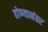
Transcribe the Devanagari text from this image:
होण्यानंतर